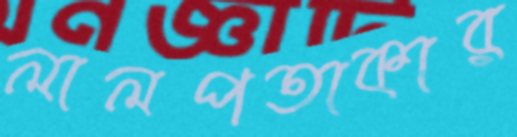
লালপতাকার